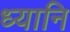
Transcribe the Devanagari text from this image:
ध्यानि